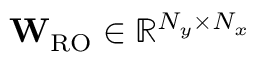
\mathbf { W } _ { \mathrm { R O } } \in \mathbb { R } ^ { N _ { y } \times N _ { x } }